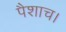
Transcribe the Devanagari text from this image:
पैशाच।